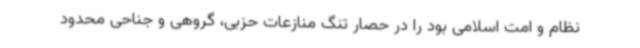
نظام و امت اسلامی بود را در حصار تنگ منازعات حزبی، گروهی و جناحی محدود